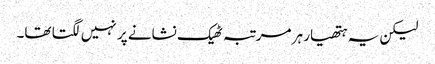
لیکن یہ ہتھیار ہر مرتبہ ٹھیک نشانے پر نہیں لگتا تھا۔